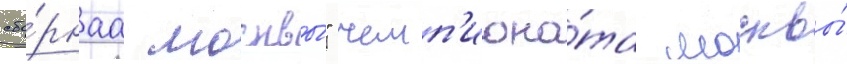
сбо́рнаа москвы́" чемп'иона́та москвы́